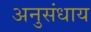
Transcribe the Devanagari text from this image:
अनुसंधाय